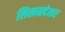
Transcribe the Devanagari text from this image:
लिखमदेशर